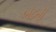
બઢતી